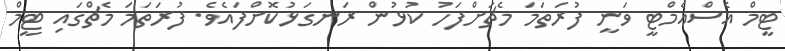
ޓީމް އެސްއެމްޓީ ވަނީ ފުރަތަމަ މެޗަށްފަހު ކުޅުން ރަނގަޅުކޮށްފައެވެ. ފުރަތަމަ މެޗްގައި ޓީމް